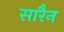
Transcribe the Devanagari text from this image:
सारैन